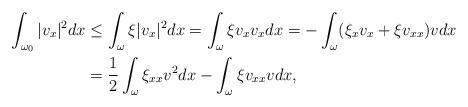
LaTeX: \begin{align*} \int_{\omega_0}|v_x|^2dx&\leq \int_{\omega}\xi|v_x|^2dx=\int_{\omega}\xi v_xv_xdx =-\int_{\omega}(\xi_xv_x+\xi v_{xx})vdx\\ &=\frac{1}{2}\int_{\omega}\xi_{xx}v^2dx-\int_{\omega}\xi v_{xx}vdx,\end{align*}